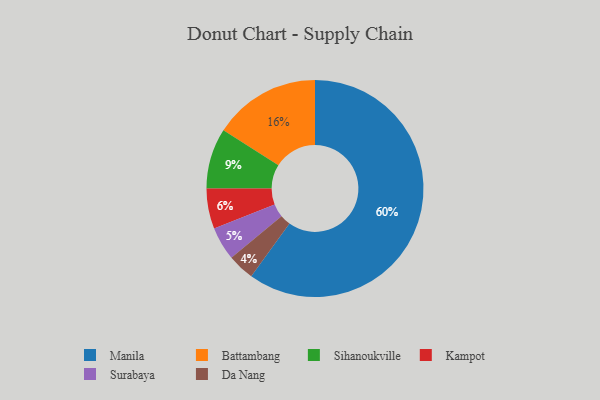
{"axis": {"x": "Category", "y": "Percentage"}, "legend": ["Battambang", "Da Nang", "Kampot", "Manila", "Sihanoukville", "Surabaya"], "data": [{"x": "Surabaya", "y": 5, "type": "Surabaya"}, {"x": "Battambang", "y": 16, "type": "Battambang"}, {"x": "Manila", "y": 60, "type": "Manila"}, {"x": "Da Nang", "y": 4, "type": "Da Nang"}, {"x": "Kampot", "y": 6, "type": "Kampot"}, {"x": "Sihanoukville", "y": 9, "type": "Sihanoukville"}]}